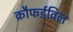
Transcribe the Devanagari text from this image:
क्रौफर्डविल